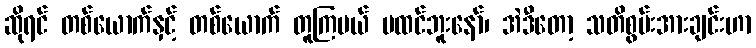
ဆိုရင် တစ်ယောက်နှင့် တစ်ယောက် တူကြမယ် မထင်ဘူးနော်၊ အဲဒီတော့ သတိစွမ်းအားချင်းဟာ